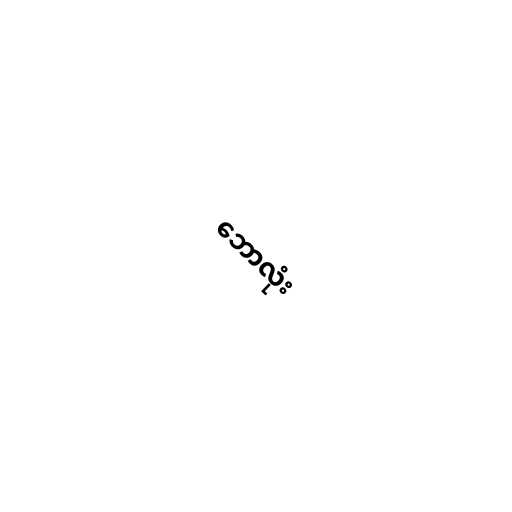
ဘောလုံး